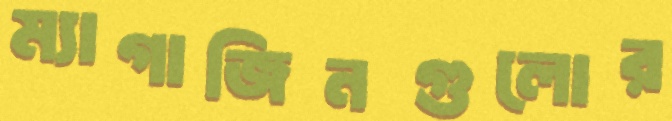
ম্যাগাজিনগুলোর